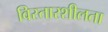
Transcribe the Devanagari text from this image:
विस्तारशीलता